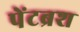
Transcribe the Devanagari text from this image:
पेंटब्रश